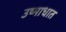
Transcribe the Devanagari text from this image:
उष्माधात